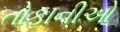
તોફાનીઓ